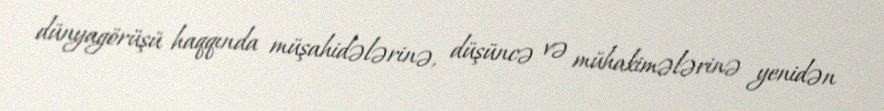
dünyagörüşü haqqında müşahidələrinə, düşüncə və mühakimələrinə yenidən